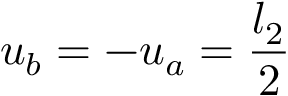
u _ { b } = - u _ { a } = \frac { l _ { 2 } } { 2 }